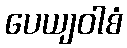
ပေယျဝါစံ